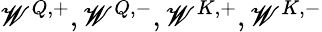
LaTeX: \mathscr{W}^{Q,+},\mathscr{W}^{Q,-},\mathscr{W}^{K,+},\mathscr{W}^{K,-}